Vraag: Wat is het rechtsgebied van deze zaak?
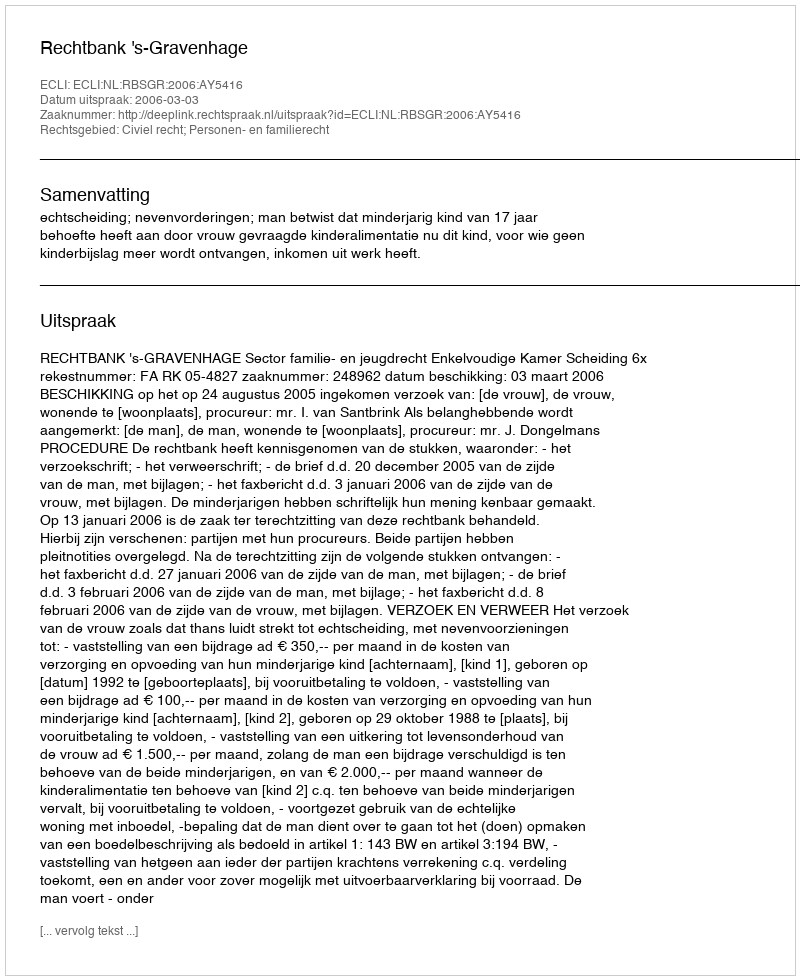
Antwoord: Civiel recht; Personen- en familierecht